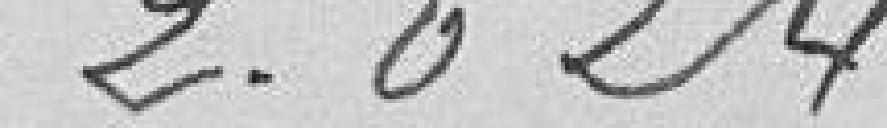
2,024